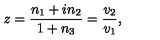
z = \frac { n _ { 1 } + i n _ { 2 } } { 1 + n _ { 3 } } = \frac { v _ { 2 } } { v _ { 1 } } ,